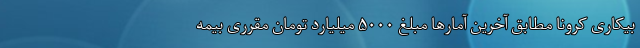
بیکاری کرونا مطابق آخرین آمارها مبلغ ۵۰۰۰ میلیارد تومان مقرری بیمه